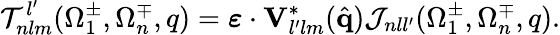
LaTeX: {\cal T}_{nlm}^{l^{\prime}}(\Omega_{1}^{\pm},\Omega_{n}^{\mp},q)=\boldsymbol{\varepsilon}\cdot\mathbf{V}_{l^{\prime}lm}^{*}(\hat{\mathbf{q}}){\cal J}_{nll^{\prime}}(\Omega_{1}^{\pm},\Omega_{n}^{\mp},q).